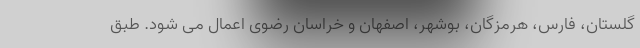
گلستان، فارس، هرمزگان، بوشهر، اصفهان و خراسان رضوی اعمال می شود. طبق